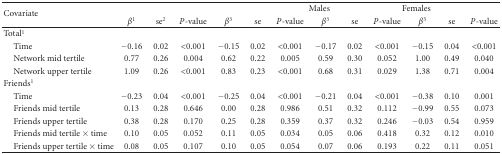
| <ROWSPAN=2> Covariate |  |  |  |  |  | <COLSPAN=3> Males | <COLSPAN=3> Females |  |
 | β1 | se2 | P-value | β3 | se | P-value | β3 | se | P-value | β3 | se | P-value |
 | --- | --- | --- | --- | --- | --- | --- | --- | --- | --- | --- | --- | --- |
 | Total1 |  |  |  |  |  |  |  |  |  |  |  |  |
 | Time | −0.16 | 0.02 | <0.001 | −0.15 | 0.02 | <0.001 | −0.17 | 0.02 | <0.001 | −0.15 | 0.04 | <0.001 |
 | Network mid tertile | 0.77 | 0.26 | 0.004 | 0.62 | 0.22 | 0.005 | 0.59 | 0.30 | 0.052 | 1.00 | 0.49 | 0.040 |
 | Network upper tertile | 1.09 | 0.26 | <0.001 | 0.83 | 0.23 | <0.001 | 0.68 | 0.31 | 0.029 | 1.38 | 0.71 | 0.004 |
 | Friends1 |  |  |  |  |  |  |  |  |  |  |  |  |
 | Time | −0.23 | 0.04 | <0.001 | −0.25 | 0.04 | <0.001 | −0.21 | 0.04 | <0.001 | −0.38 | 0.10 | 0.001 |
 | Friends mid tertile | 0.13 | 0.28 | 0.646 | 0.00 | 0.28 | 0.986 | 0.51 | 0.32 | 0.112 | −0.99 | 0.55 | 0.073 |
 | Friends upper tertile | 0.38 | 0.28 | 0.170 | 0.25 | 0.28 | 0.359 | 0.37 | 0.32 | 0.246 | −0.03 | 0.54 | 0.959 |
 | Friends mid tertile × time | 0.10 | 0.05 | 0.052 | 0.11 | 0.05 | 0.034 | 0.05 | 0.06 | 0.418 | 0.32 | 0.12 | 0.010 |
 | Friends upper tertile × time | 0.08 | 0.05 | 0.107 | 0.10 | 0.05 | 0.054 | 0.07 | 0.06 | 0.193 | 0.22 | 0.11 | 0.051 |